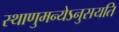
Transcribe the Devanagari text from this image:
स्थाणुमन्येऽनुसयति